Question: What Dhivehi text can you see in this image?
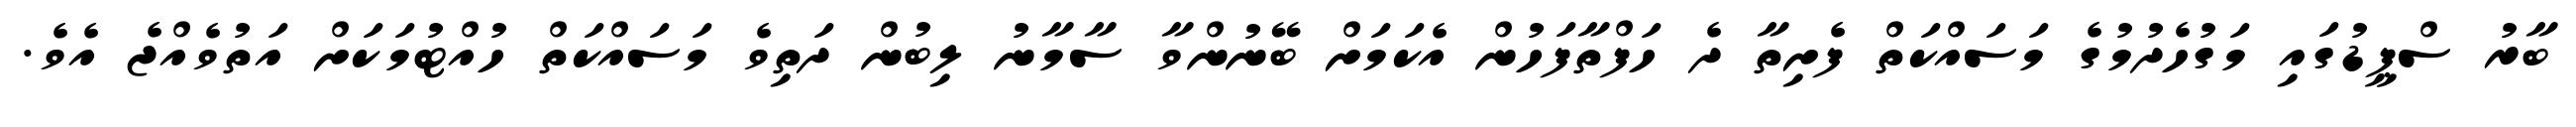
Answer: ބާރު ސްޕީޑުގައި މަގުހެދުމުގެ މަސައްކަތް ފެށިތާ ދެ ހަފްތާފަހުން އެކަމަށް ބޭނުންވާ ސާމާނު ލިބުން ދަތިވެ މަސައްކަތް ހުއްޓުމަކަށް އަތުވެއްޖެ އެވެ.